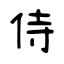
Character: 侍